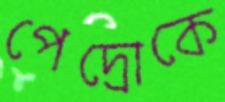
পেদ্রোকে